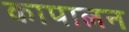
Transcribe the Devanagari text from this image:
कापालन